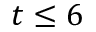
t \leq 6